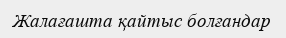
Жалағашта қайтыс болғандар